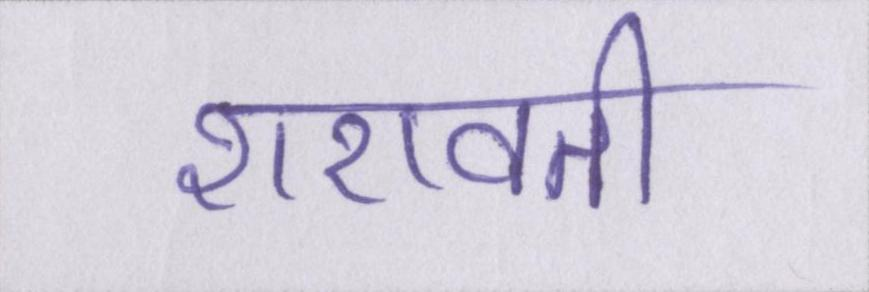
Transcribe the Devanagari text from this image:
शरावती